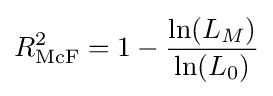
R_{\text{McF}}^{2}=1-{\frac {\ln(L_{M})}{\ln(L_{0})}}